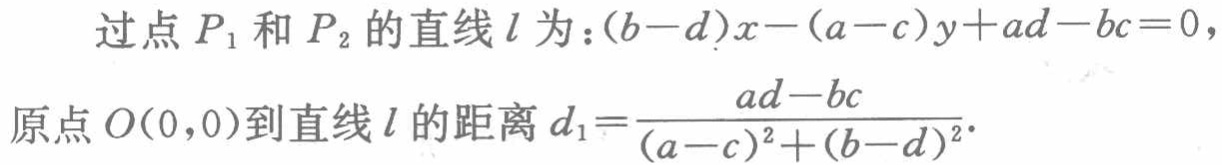
过点 \(P_1\) 和 \(P_2\) 的直线 \(l\) 为：\((b - d)x - (a - c)y + ad - bc = 0\)，
原点 \(O(0,0)\) 到直线 \(l\) 的距离 \(d_1=\frac{ad - bc}{(a - c)^2+(b - d)^2}\)。